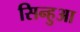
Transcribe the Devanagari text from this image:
सिन्हुआ